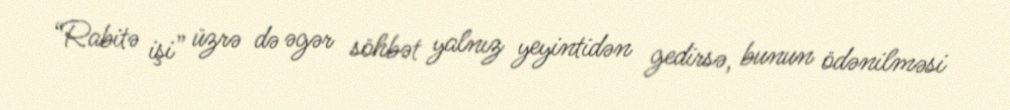
“Rabitə işi” üzrə də əgər söhbət yalnız yeyintidən gedirsə, bunun ödənilməsi